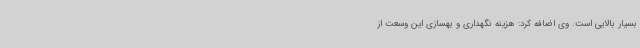
بسیار بالایی است. وی اضافه کرد: هزینه نگهداری و بهسازی این وسعت از